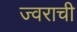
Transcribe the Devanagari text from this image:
ज्वराची